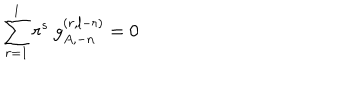
LaTeX: \sum _ { r = 1 } ^ { l } r ^ { s } ~ g _ { A , - n } ^ { ( r , l - r ) } = 0